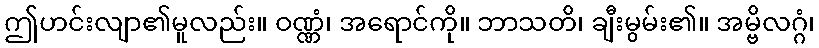
ဤဟင်းလျာ၏မူလည်း။ ဝဏ္ဏံ၊ အရောင်ကို။ ဘာသတိ၊ ချီးမွမ်း၏။ အမ္ဗိလဂ္ဂံ၊